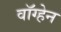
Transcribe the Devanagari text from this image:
वाॅग्हेन